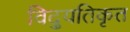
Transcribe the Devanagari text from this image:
विद्युतिकृत